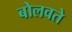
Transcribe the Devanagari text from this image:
बोलवते